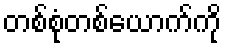
တစ်စုံတစ်ယောက်ကို